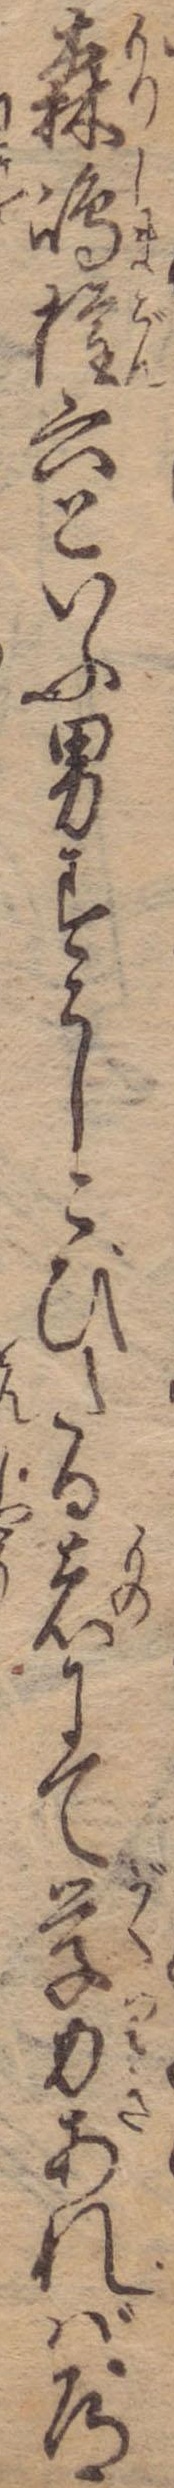
森島権六といふ男すこしこびたる者にて学力あれば道